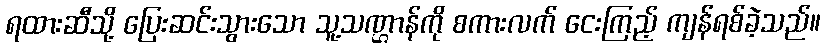
ရထားဆီသို့ ပြေးဆင်းသွားသော သူ့သဏ္ဌာန်ကို စကားလက် ငေးကြည့် ကျန်ရစ်ခဲ့သည်။